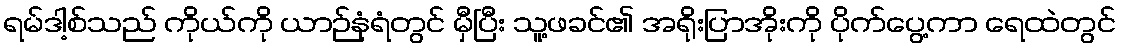
ရမ်ဒါ့စ်သည် ကိုယ်ကို ယာဉ်နံရံတွင် မှီပြီး သူ့ဖခင်၏ အရိုးပြာအိုးကို ပိုက်ပွေ့ကာ ရေထဲတွင်